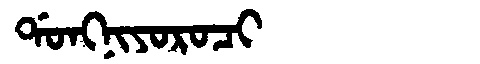
Manchu: ᡩᠣᠩᠨᡳᠶᠣᡵᠣᠴᡳ
Romanization: DONGNIYOROCI